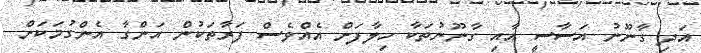
އަދި ގާނޫނު އަސާސީ އާއި ގާނޫނުތަކާ ހިލާފަށް އެއްވެސް ފަރާތަކުން އަންގާ އެންގުމަކަށް